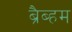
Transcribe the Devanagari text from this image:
ब्रैब्हम